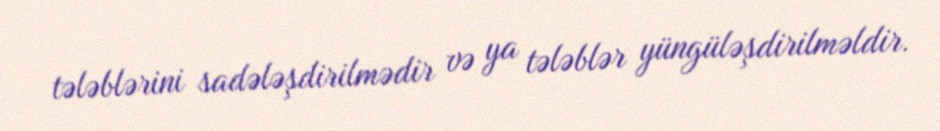
tələblərini sadələşdirilmədir və ya tələblər yüngüləşdirilməldir.